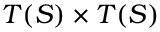
T ( S ) \times T ( S )